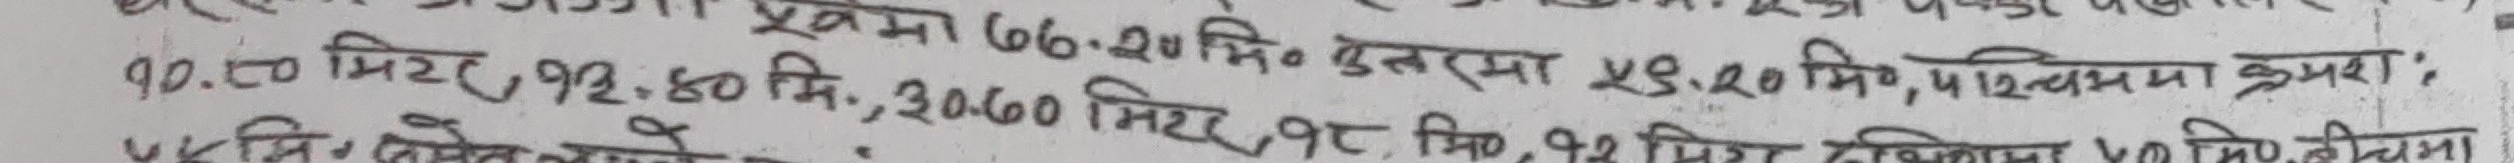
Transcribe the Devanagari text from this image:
प्रवमा ७७-२० मि० उत्तरमा ५९.२० मि०, पश्चिममा क्रमश: